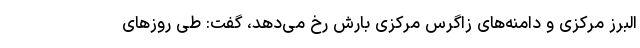
البرز مرکزی و دامنه‌های زاگرس مرکزی بارش رخ می‌دهد، گفت: طی روزهای